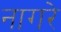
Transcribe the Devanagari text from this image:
नागरे